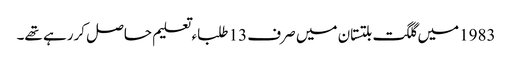
1983میں گلگت بلتستان میں صرف 13 طلباء تعلیم حاصل کررہے تھے۔